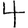
Digit: 4